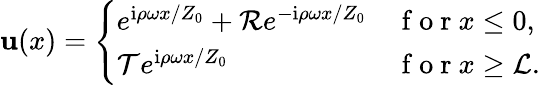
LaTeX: \mathbf{u}(x)=\left\{ \begin{array}{ll}{e^{\mathrm{i}\rho\omega x/Z_{0}}+\mathcal{R}e^{-\mathrm{i}\rho\omega x/Z_{0}}}&{\mathrm{~f~o~r~}x\leq 0,}\\ {\mathcal{T}e^{\mathrm{i}\rho\omega x/Z_{0}}}&{\mathrm{~f~o~r~}x\geq\mathcal{L}.}\end{array}\right.